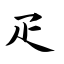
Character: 疋